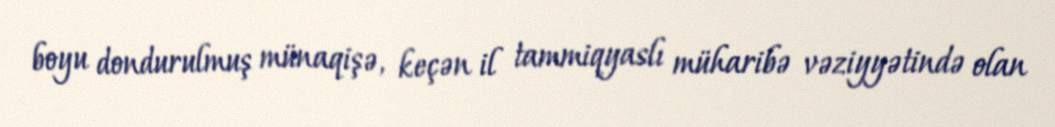
boyu dondurulmuş münaqişə, keçən il tammiqyaslı müharibə vəziyyətində olan